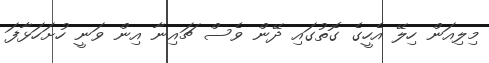
މިލިއަން ހިލޭ އެހީގެ ގޮތުގައި ދޭން ވެސް ޗައިނާ އިން ވަނީ ހުށަހަޅާފަ